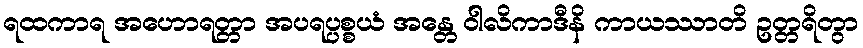
ရထကာရ အဟောရတ္တာ အပရပ္ပစ္စယံ အန္တေ ဝါလိကာဒီနိ ကာယဿာတိ ဥတ္တရိတွာ